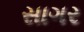
સાગર